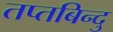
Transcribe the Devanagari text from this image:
तप्तबिन्दु